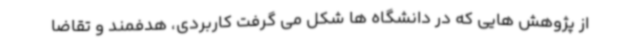
از پژوهش هایی که در دانشگاه ها شکل می گرفت کاربردی، هدفمند و تقاضا